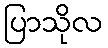
ပြာသိုလ